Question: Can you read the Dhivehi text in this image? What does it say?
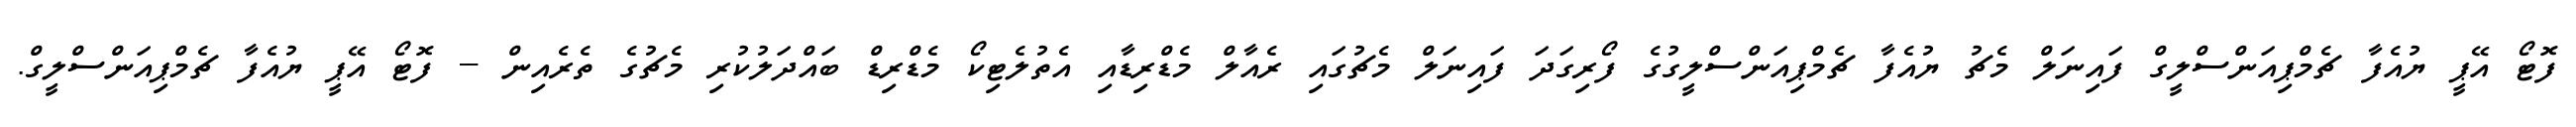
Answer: ފޮޓޯ އޭޕީ ޔުއެފާ ޗެމްޕިއަންސްލީގް ފައިނަލް މެޗު ޔުއެފާ ޗެމްޕިއަންސްލީގުގެ ފޯރިގަދަ ފައިނަލް މެޗުގައި ރެއާލް މެޑްރިޑާއި އެތުލެޓިކޯ މެޑްރިޑް ބައްދަލުކުރި މެޗުގެ ތެރެއިން -- ފޮޓޯ އޭޕީ ޔުއެފާ ޗެމްޕިއަންސްލީގް.